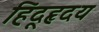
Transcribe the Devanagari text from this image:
हिंदूहृदय